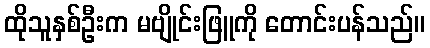
ထိုသူနှစ်ဦးက မဗျိုင်းဖြူကို တောင်းပန်သည်။